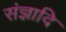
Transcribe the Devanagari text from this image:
संज्ञादि